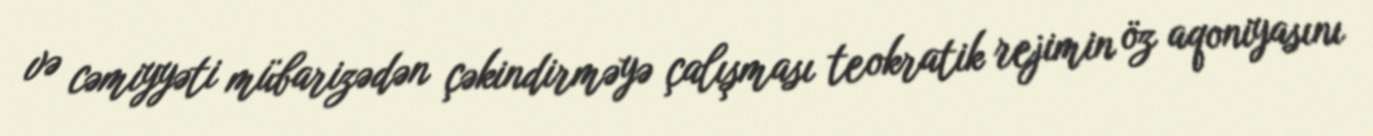
və cəmiyyəti mübarizədən çəkindirməyə çalışması teokratik rejimin öz aqoniyasını